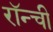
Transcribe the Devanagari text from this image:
रॉन्ची